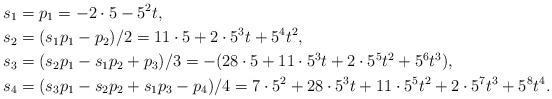
LaTeX: \begin{align*}&s_1=p_1=-2\cdot 5 -5^2 t, \\&s_2=(s_1p_1-p_2)/2= 11\cdot 5+ 2\cdot 5^3 t+5^4t^2, \\&s_3=(s_2p_1-s_1p_2+p_3)/3=-(28\cdot 5 + 11\cdot 5^3 t+ 2\cdot 5^5 t^2+5^6t^3), \\&s_4=(s_3p_1-s_2p_2+s_1p_3-p_4)/4=7\cdot 5^2+ 28\cdot 5^3t+11\cdot 5^5 t^2+ 2\cdot 5^7t^3+5^8t^4.\end{align*}